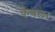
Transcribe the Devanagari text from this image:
केबल।